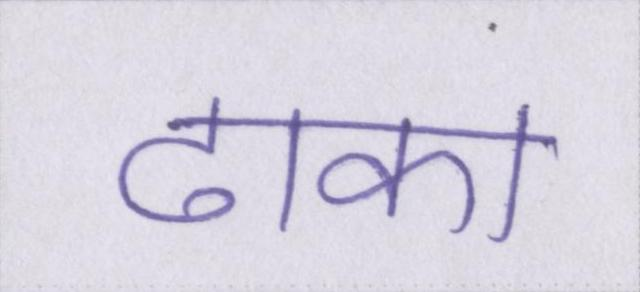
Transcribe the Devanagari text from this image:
ढाका